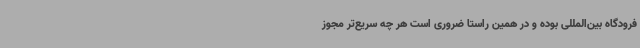
فرودگاه بین‌المللی بوده و در همین راستا ضروری است هر چه سریع‌تر مجوز